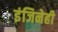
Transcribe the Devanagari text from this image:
इंजिनेही